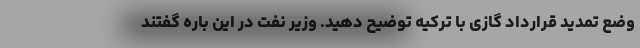
وضع تمدید قرارداد گازی با ترکیه توضیح دهید. وزیر نفت در این باره گفتند